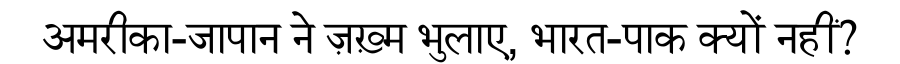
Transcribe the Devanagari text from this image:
अमरीका-जापान ने ज़ख़्म भुलाए, भारत-पाक क्यों नहीं?